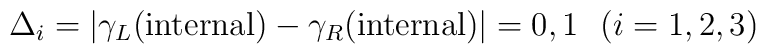
\Delta_i=\vert\gamma_L({\rm internal})-\gamma_R({\rm internal})\vert=0,1~~(i=1,2,3)